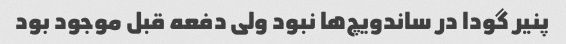
پنیر گودا در ساندویچ‌ها نبود ولی دفعه قبل موجود بود